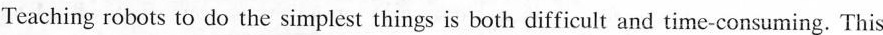
Teaching robots to do the simplest things is both difficult and time-consuming. This